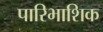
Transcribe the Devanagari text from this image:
पारिभाशिक